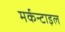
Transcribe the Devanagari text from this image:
मर्कन्टाइल